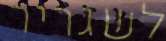
לשגריר